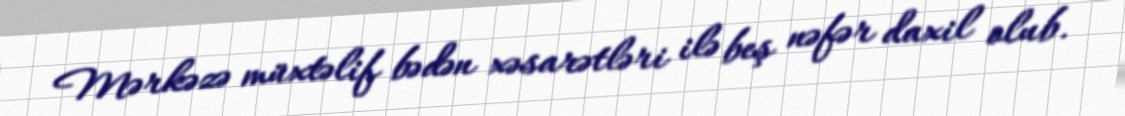
Mərkəzə müxtəlif bədən xəsarətləri ilə beş nəfər daxil olub.